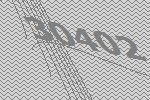
30402